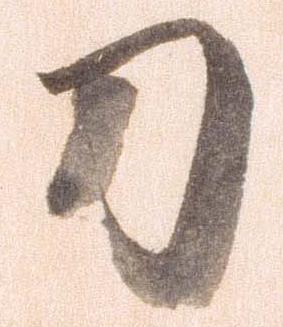
刀